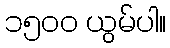
၁၅၀၀ ယွမ်ပါ။